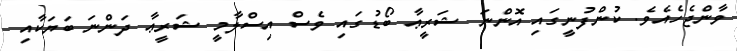
ވާންޖެހެއެވެ. ކުންފުނީގައި އޮންނަ ޝަރީޢާ ބޯޑުގައި ވެސް އިސްލާމީ ޝަރީޢާ ދަންނަ ބަޔަކާއި